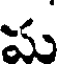
మ